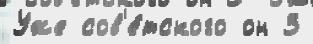
Уже сов'е́тского он 3